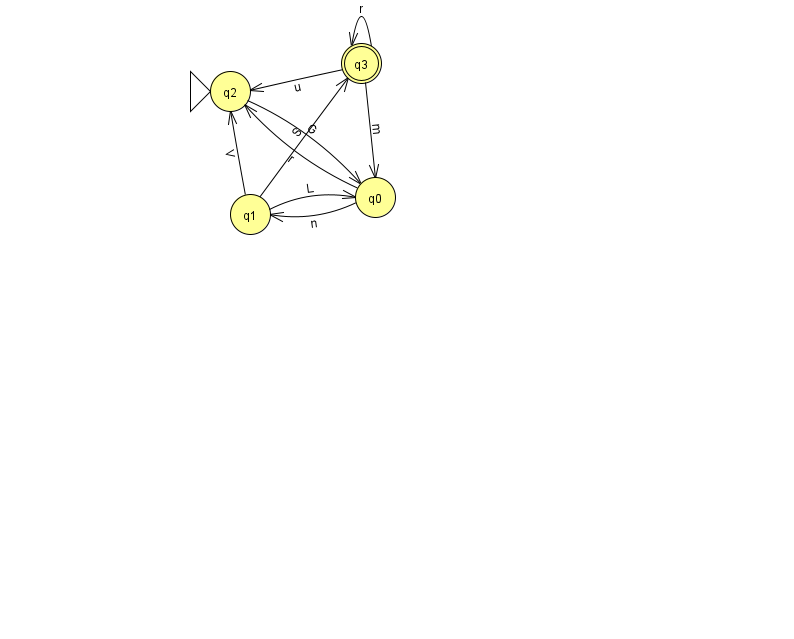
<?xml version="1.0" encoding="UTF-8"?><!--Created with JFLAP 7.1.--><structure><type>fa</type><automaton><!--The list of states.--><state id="0" name="q0"><x>375.0</x><y>184.0</y></state><state id="1" name="q1"><x>250.0</x><y>201.0</y></state><state id="2" name="q2"><x>230.0</x><y>78.0</y><initial/></state><state id="3" name="q3"><x>361.0</x><y>50.0</y><final/></state><!--The list of transitions.--><transition><from>1</from><to>0</to><read>L</read></transition><transition><from>0</from><to>1</to><read>n</read></transition><transition><from>3</from><to>3</to><read>r</read></transition><transition><from>1</from><to>2</to><read>V</read></transition><transition><from>2</from><to>0</to><read>G</read></transition><transition><from>3</from><to>2</to><read>u</read></transition><transition><from>1</from><to>3</to><read>S</read></transition><transition><from>0</from><to>2</to><read>r</read></transition><transition><from>3</from><to>0</to><read>m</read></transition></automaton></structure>